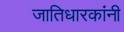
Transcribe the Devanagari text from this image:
जातिधारकांनी